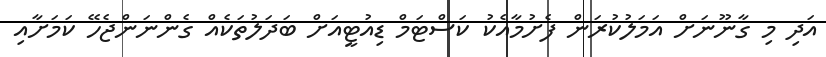
އަދި މި ގާނޫނަށް އަމަލުކުރަން ފެށުމާއެކު ކަސްޓަމް ޑިއުޓީއަށް ބަދަލުތަކެއް ގެންނަންޖެހޭ ކަމަށާއި